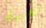
تجدى